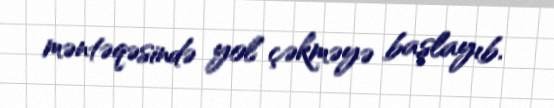
məntəqəsində yol çəkməyə başlayıb.